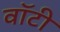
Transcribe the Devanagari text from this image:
वाॅटी